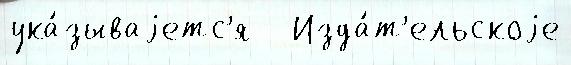
ука́зываjетс'я   Изда́т'ельскоjе